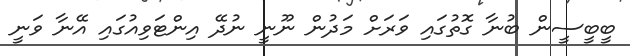
ބީބީސީން ބުނާ ގޮތުގައި ވަރަށް މަދުން ނޫނީ ނުދޭ އިންޓަވިއުގައި އޭނާ ވަނީ